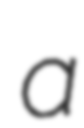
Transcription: a